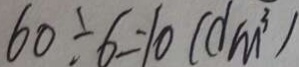
6 0 \div 6 = 1 0 ( d m ^ { 3 } )